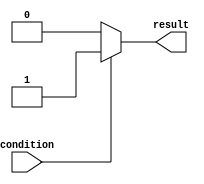
module if_else_statement(
    input wire condition,
    output reg result
);

always @(*)
begin
    if (~condition) begin
        // statements to be executed if condition is false
        result <= 0;
    end else begin
        // statements to be executed if condition is true
        result <= 1;
    end
end

endmodule